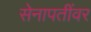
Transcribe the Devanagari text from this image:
सेनापतींवर